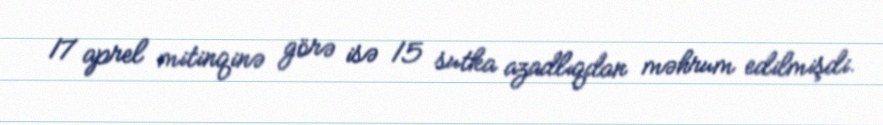
17 aprel mitinqinə görə isə 15 sutka azadlıqdan məhrum edilmişdi.